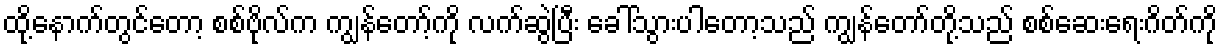
ထို့နောက်တွင်တော့ စစ်ဗိုလ်က ကျွန်တော့်ကို လက်ဆွဲပြီး ခေါ်သွားပါတော့သည် ကျွန်တော်တို့သည် စစ်ဆေးရေးဂိတ်ကို